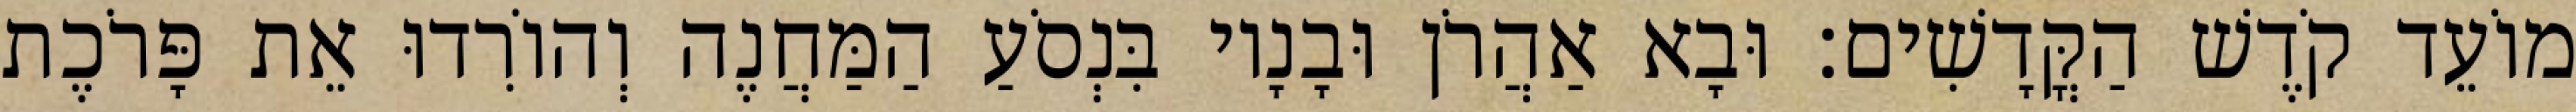
מוֹעֵד קֹדֶשׁ הַקֳּדָשִׁים׃ וּבָא אַהֲרֹן וּבָנָיו בִּנְסֹעַ הַמַּחֲנֶה וְהוֹרִדוּ אֵת פָּרֹכֶת